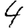
Digit: 4